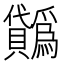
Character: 𧹋